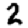
Digit: 2